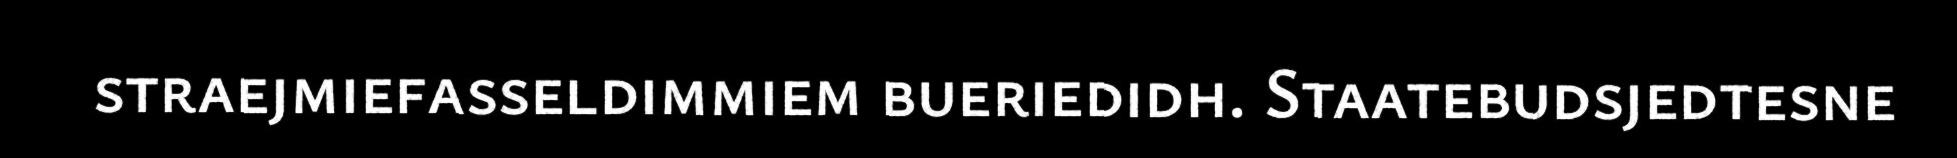
straejmiefasseldimmiem bueriedidh. Staatebudsjedtesne